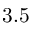
3 . 5